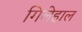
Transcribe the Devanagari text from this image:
गिलेहाल